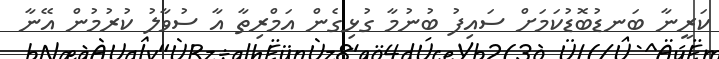
ކަރީނާ ބަނޑުބޮޑުކަމަށް ސައިފު ބުނުމާ ގުޅިގެން އަމްރިތާ އާ ސުވާލު ކުރުމުން އޭނާ